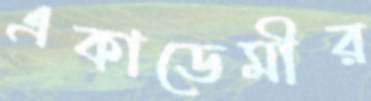
একাডেমীর